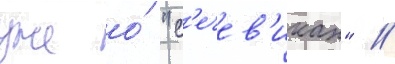
уже о́ "с'ечев'иках" //